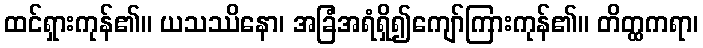
ထင်ရှားကုန်၏။ ယသဿိနော၊ အခြံအရံရှိ၍ကျော်ကြားကုန်၏။ တိတ္ထကရာ၊